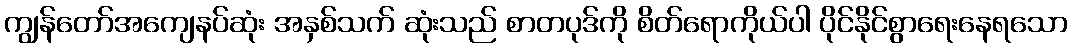
ကျွန်တော်အကျေနပ်ဆုံး အနှစ်သက် ဆုံးသည် စာတပုဒ်ကို စိတ်ရောကိုယ်ပါ ပိုင်နိုင်စွာရေးနေရသော